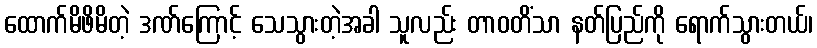
ထောက်မိဖိမိတဲ့ ဒဏ်ကြောင့် သေသွားတဲ့အခါ သူလည်း တာဝတိံသာ နတ်ပြည်ကို ရောက်သွားတယ်၊